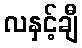
လနှင့်ချီ